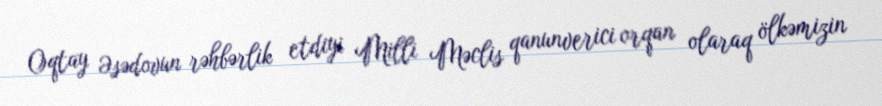
Oqtay Əsədovun rəhbərlik etdiyi Milli Məclis qanunverici orqan olaraq ölkəmizin